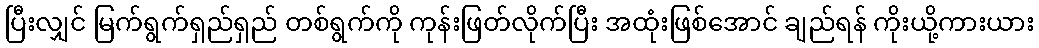
ပြီးလျှင် မြက်ရွက်ရှည်ရှည် တစ်ရွက်ကို ကုန်းဖြတ်လိုက်ပြီး အထုံးဖြစ်အောင် ချည်ရန် ကိုးယို့ကားယား